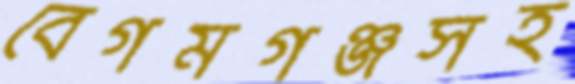
বেগমগঞ্জসহ